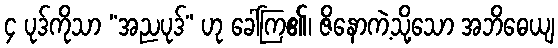
၄ ပုဒ်ကိုသာ “အညပုဒ်” ဟု ခေါ်ကြ၏၊ ဇိနောကဲ့သို့သော အဘိဓေယျ